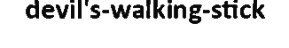
devil's-walking-stick